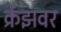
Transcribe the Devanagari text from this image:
क्रेंझवर